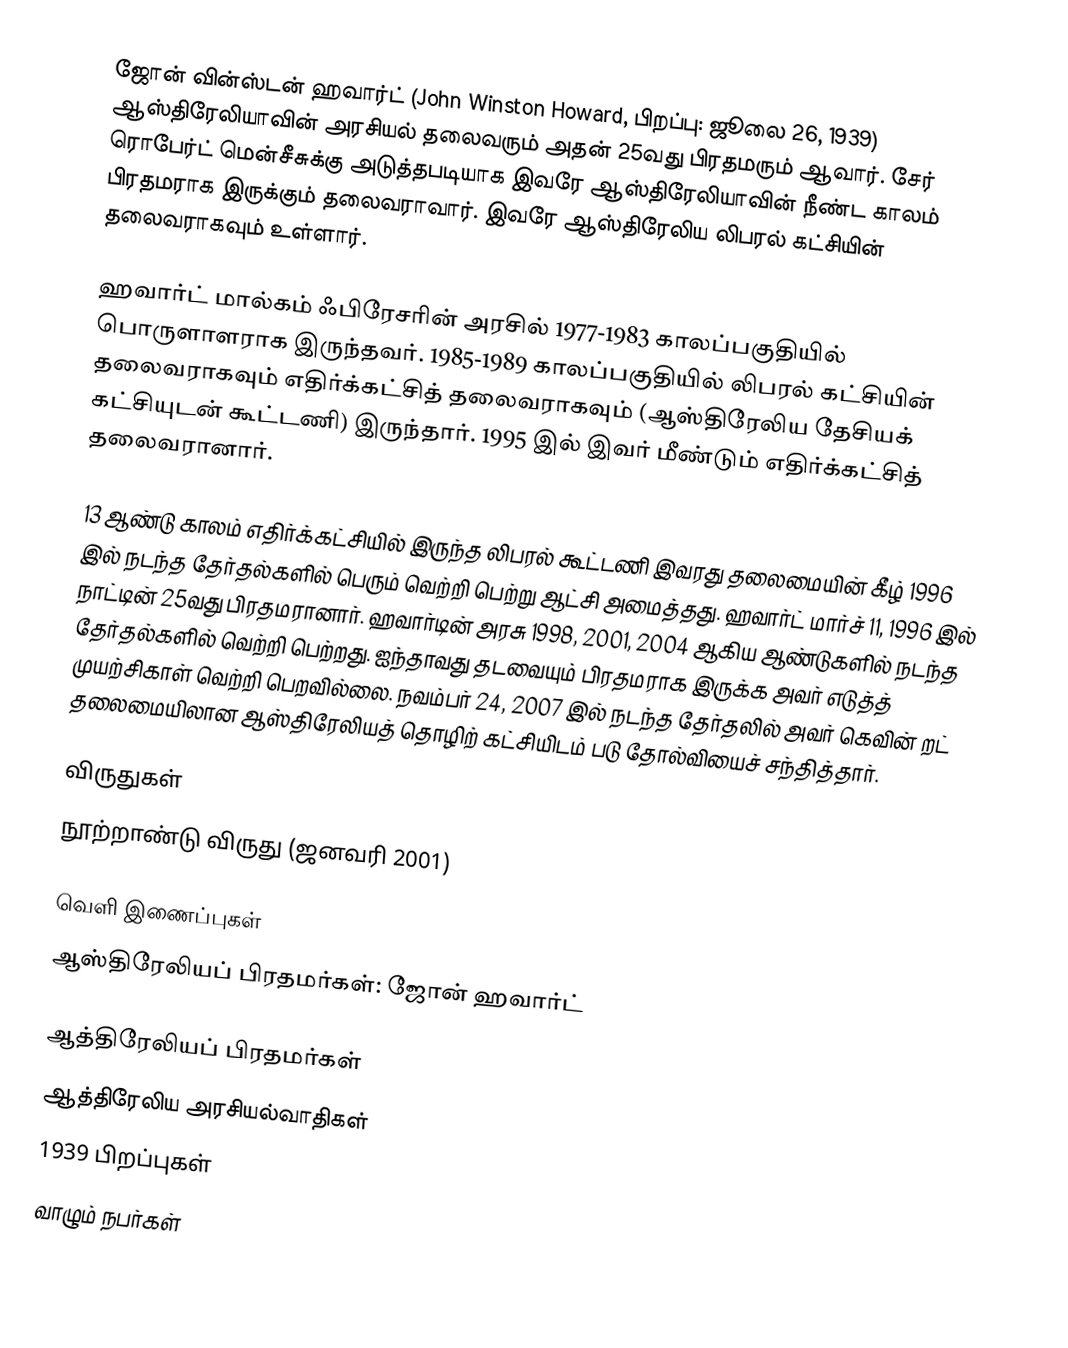
ஜோன் வின்ஸ்டன் ஹவார்ட் (John Winston Howard, பிறப்பு: ஜூலை 26, 1939) ஆஸ்திரேலியாவின் அரசியல் தலைவரும் அதன் 25வது பிரதமரும் ஆவார். சேர் ரொபேர்ட் மென்சீசுக்கு அடுத்தபடியாக இவரே ஆஸ்திரேலியாவின் நீண்ட காலம் பிரதமராக இருக்கும் தலைவராவார். இவரே ஆஸ்திரேலிய லிபரல் கட்சியின் தலைவராகவும் உள்ளார்.

ஹவார்ட் மால்கம் ஃபிரேசரின் அரசில் 1977-1983 காலப்பகுதியில் பொருளாளராக இருந்தவர். 1985-1989 காலப்பகுதியில் லிபரல் கட்சியின் தலைவராகவும் எதிர்க்கட்சித் தலைவராகவும் (ஆஸ்திரேலிய தேசியக் கட்சியுடன் கூட்டணி) இருந்தார். 1995 இல் இவர் மீண்டும் எதிர்க்கட்சித் தலைவரானார்.

13 ஆண்டு காலம் எதிர்க்கட்சியில் இருந்த லிபரல் கூட்டணி இவரது தலைமையின் கீழ் 1996 இல் நடந்த தேர்தல்களில் பெரும் வெற்றி பெற்று ஆட்சி அமைத்தது. ஹவார்ட் மார்ச் 11, 1996 இல் நாட்டின் 25வது பிரதமரானார். ஹவார்டின் அரசு 1998, 2001, 2004 ஆகிய ஆண்டுகளில் நடந்த தேர்தல்களில் வெற்றி பெற்றது. ஐந்தாவது தடவையும் பிரதமராக இருக்க அவர் எடுத்த் முயற்சிகாள் வெற்றி பெறவில்லை. நவம்பர் 24, 2007 இல் நடந்த தேர்தலில் அவர் கெவின் றட் தலைமையிலான ஆஸ்திரேலியத் தொழிற் கட்சியிடம் படு தோல்வியைச் சந்தித்தார்.

விருதுகள்
 நூற்றாண்டு விருது (ஜனவரி 2001)

வெளி இணைப்புகள்
 ஆஸ்திரேலியப் பிரதமர்கள்: ஜோன் ஹவார்ட்

ஆத்திரேலியப் பிரதமர்கள்
ஆத்திரேலிய அரசியல்வாதிகள்
1939 பிறப்புகள்
வாழும் நபர்கள்